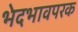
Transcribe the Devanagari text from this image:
भेदभावपरक